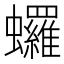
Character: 𬠻